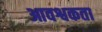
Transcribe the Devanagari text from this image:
आवश्वकता